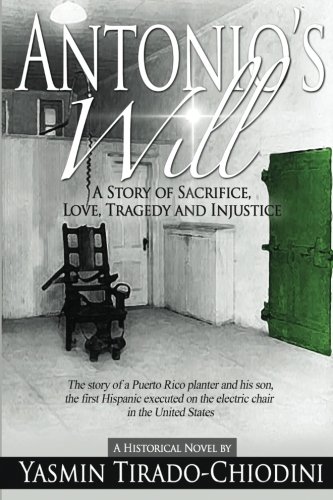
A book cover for Antonio's Will; Yasmin Tirado-Chiodini; Literature & Fiction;